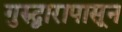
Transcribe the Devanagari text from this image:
गुरुद्वारापासून